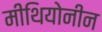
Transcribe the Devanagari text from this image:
मीथियोनीन